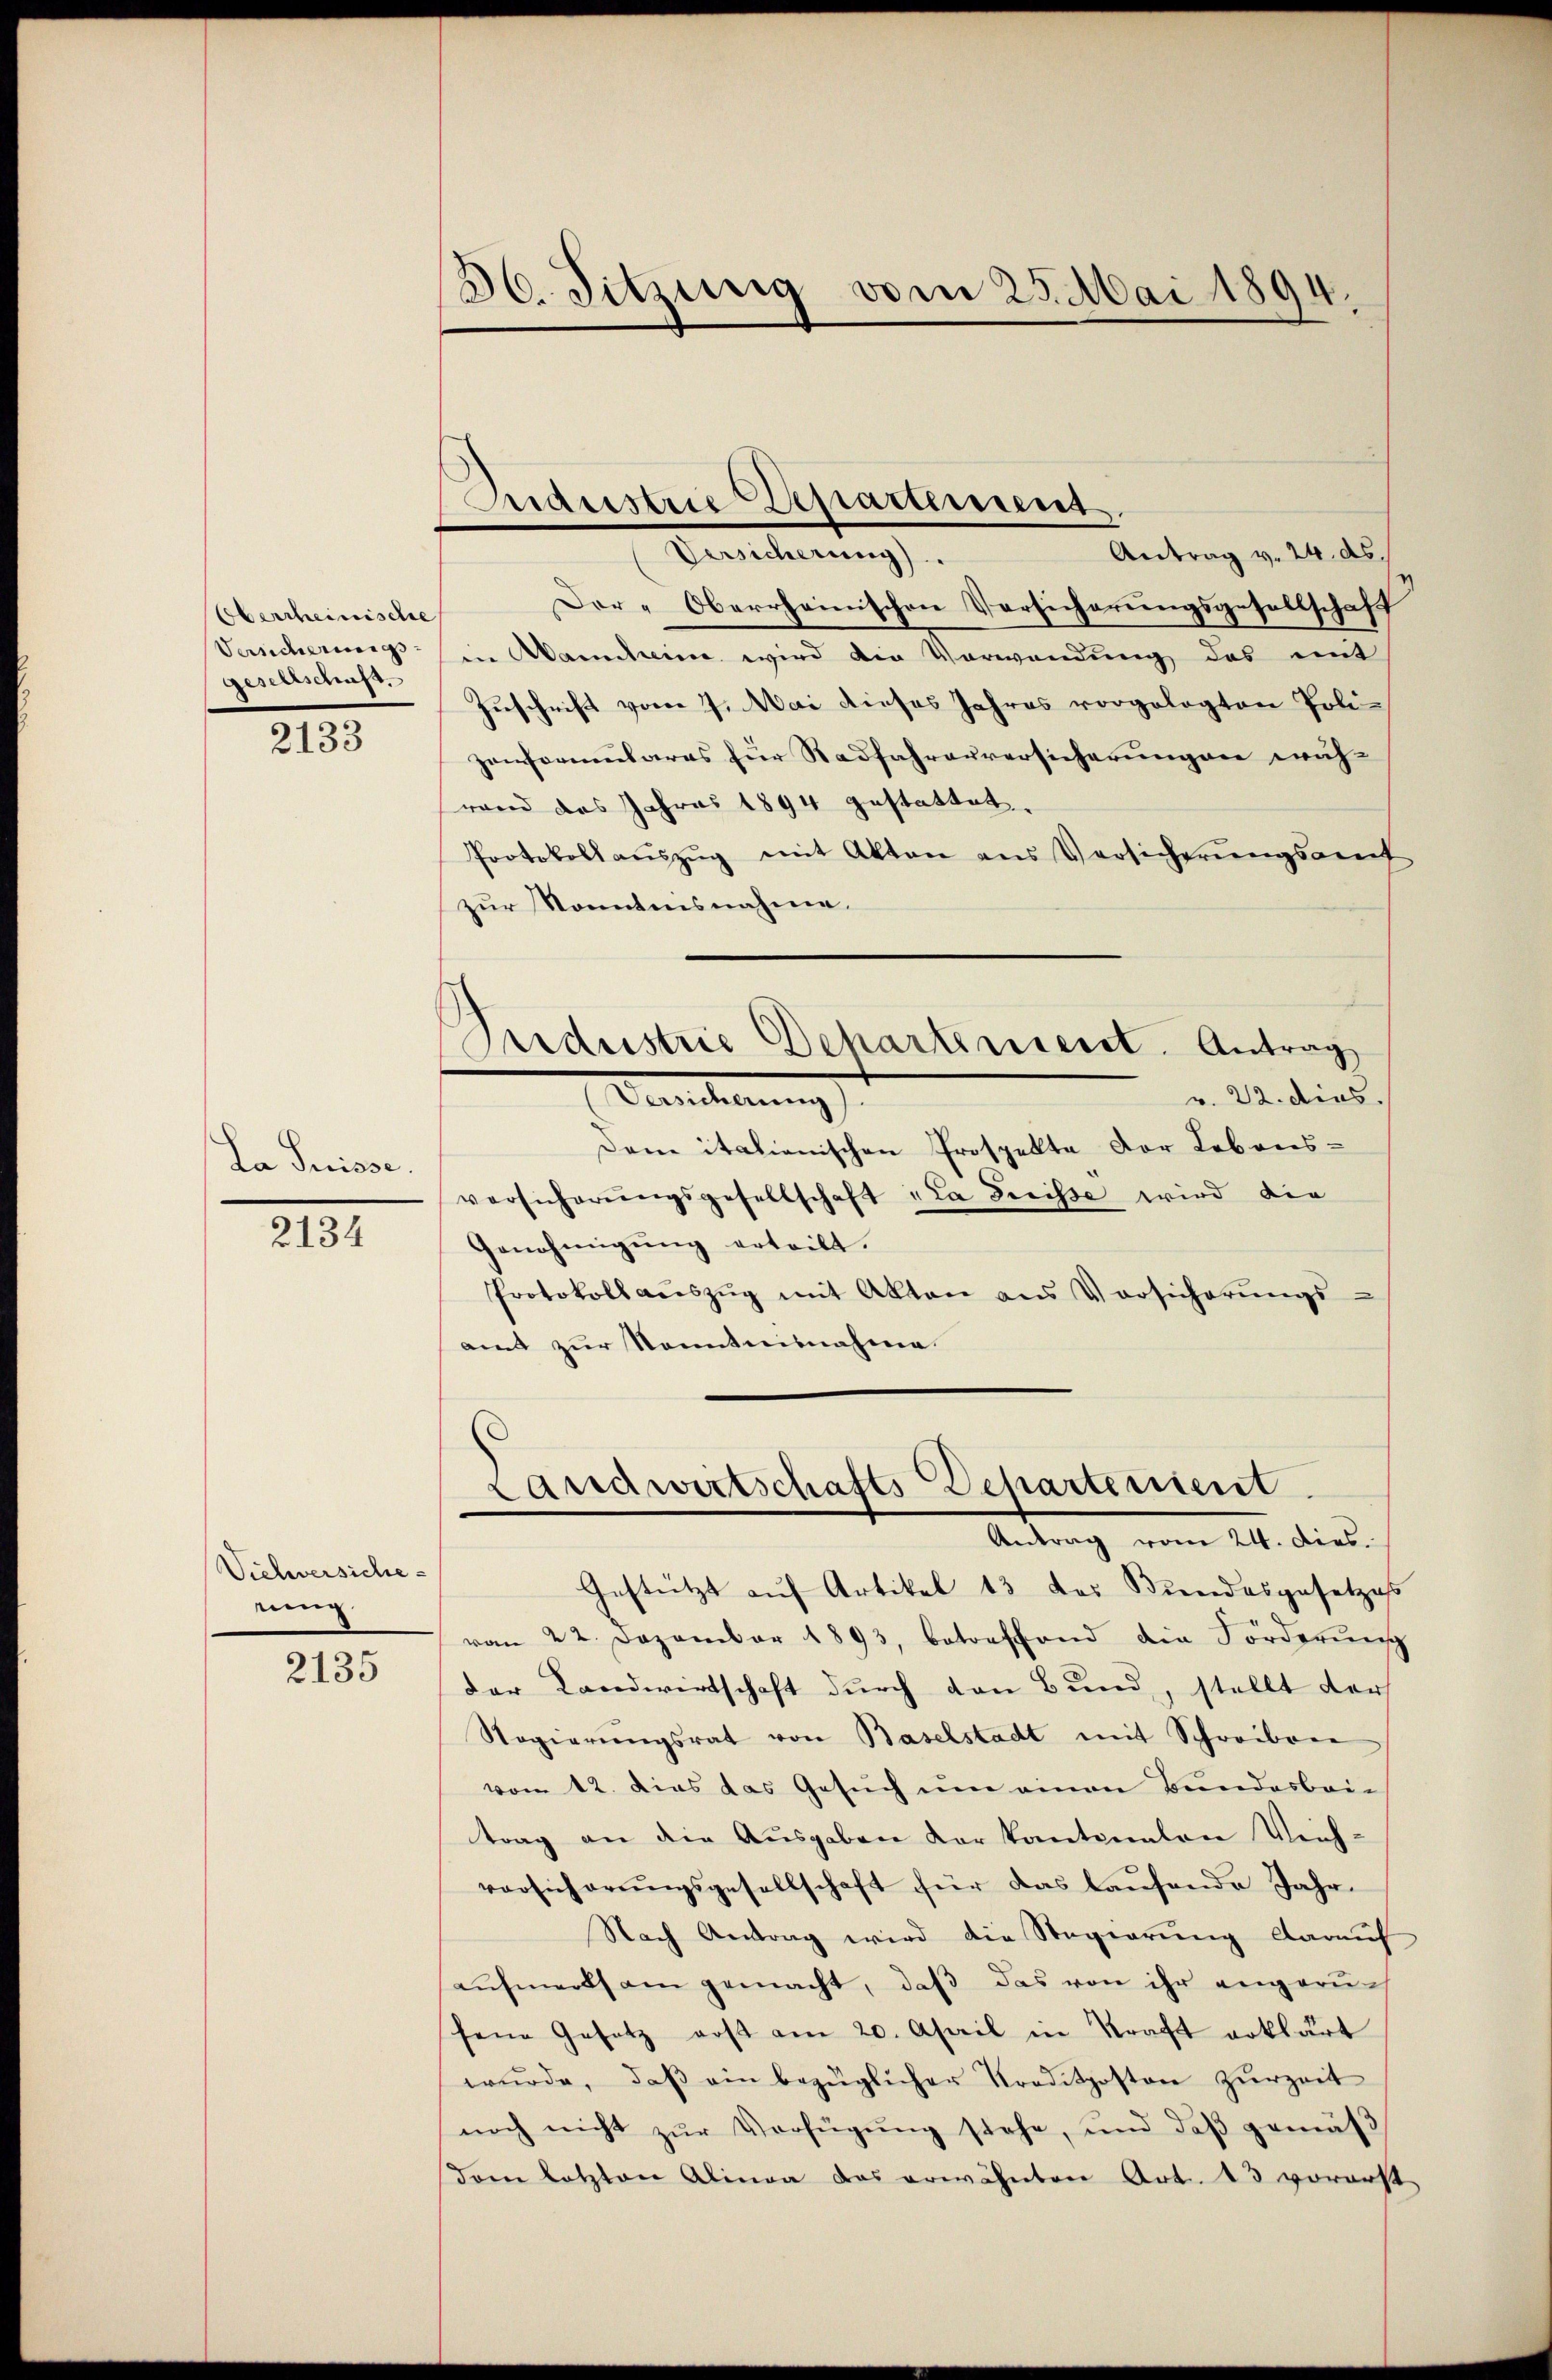
Oberrheimische
Versicherungs
Gesterschaft.

2133

La Suisse.

2134

Viehversiche
rung

2135

36. Sitzung vom 25. Mai 1894.

Industrie Departement.

Pardustrie Dehartenseret. Antrag
Venedelung

Antrag v. 24. ds.
Versicherung).
Der-Oberrheinischen Versicherŭngsgesellschaft
in Mancheine wird die Verwendung des mit
Zuschrift vom 7. Mai dieses Jahres vorgelegten Poli-
zenformulares für Radfahrerversicherungen wäh-
rand das Jahres 1894 gestattet.
Protokollaŭszŭg mit Akten aus Versicherŭngsamt
zur Kenntnisnahme.
v. 22. dies.
Dem italienischen Prospelte der Lebensversicherŭngsgesellschaft „La Greisse wird die
Genehmigung erteilt.
Protokoll aŭszŭg mit Akten aus Vorsicherŭngs
amt zur Kenntnisnahme.
Landwirtschafts Departement.
Antrag vom 24. Dies
Gestützt auf Artikel 13 das Bindesgesetzes
von 22. Dezember 1893, betreffend die Förderŭng
der Landwirtschaft durch den Bund, stellt der
Regierŭngsrat von Baselstadt mit Schreiben
vom 12. dies das Gesuch um einen Bundesbri
trag an die Ausgaben der kantonalen Vieh-
vorsicherŭngsgesellschaft für das laufende Jahr
Nach Antrag wird die Regierung darauf
aufmerksam gemacht, daß das von ihr angerufene Gesetz erst am 20. April in Kraft erklärt
wŭrde, daβ ein bezüglicher Traditposton Zŭrzeit
noch nicht zŭr Verfügŭng stehe, und daβ gemäβ
dem letzten Alinea das erwähnten Art. 13 vorerst